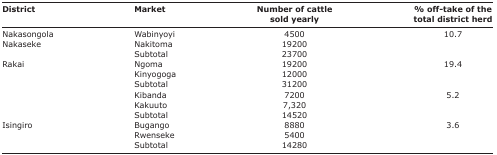
<table><thead><tr><td><b>District</b></td><td><b>Market</b></td><td><b>Number of cattle sold yearly</b></td><td><b>% off-take of the total district herd</b></td></tr></thead><tbody><tr><td rowspan="3">Nakasongola Nakaseke</td><td>Wabinyoyi</td><td>4500</td><td>10.7</td></tr><tr><td>Nakitoma</td><td>19200</td><td></td></tr><tr><td>Subtotal</td><td>23700</td><td></td></tr><tr><td>Rakai</td><td>Ngoma</td><td>19200</td><td>19.4</td></tr><tr><td></td><td>Kinyogoga</td><td>12000</td><td></td></tr><tr><td></td><td>Subtotal</td><td>31200</td><td></td></tr><tr><td></td><td>Kibanda</td><td>7200</td><td>5.2</td></tr><tr><td></td><td>Kakuuto</td><td>7,320</td><td></td></tr><tr><td></td><td>Subtotal</td><td>14520</td><td></td></tr><tr><td>Isingiro</td><td>Bugango</td><td>8880</td><td>3.6</td></tr><tr><td></td><td>Rwenseke</td><td>5400</td><td></td></tr><tr><td></td><td>Subtotal</td><td>14280</td><td></td></tr></tbody></table>